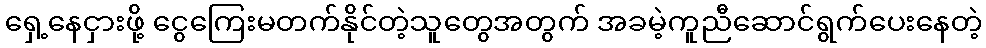
ရှေ့နေငှားဖို့ ငွေကြေးမတက်နိုင်တဲ့သူတွေအတွက် အခမဲ့ကူညီဆောင်ရွက်ပေးနေတဲ့